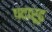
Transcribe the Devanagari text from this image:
पदारूढ़